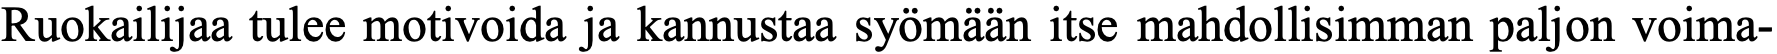
Ruokailijaa tulee motivoida ja kannustaa syömään itse mahdollisimman paljon voima-